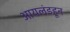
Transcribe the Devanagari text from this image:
आयलंडहून